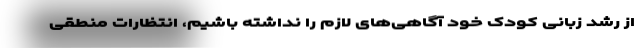
از رشد زبانی کودک خود آگاهی‌های لازم را نداشته باشیم،‌ انتظارات منطقی